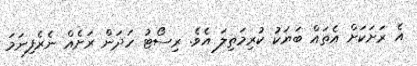
އެ ރަށަކަށް އެތައް ބަޔަކު ކުރިމަތިލަ އެވެ. ރިސޯޓު ހަދަން ރަށެއް ނެރެފިނަމަ